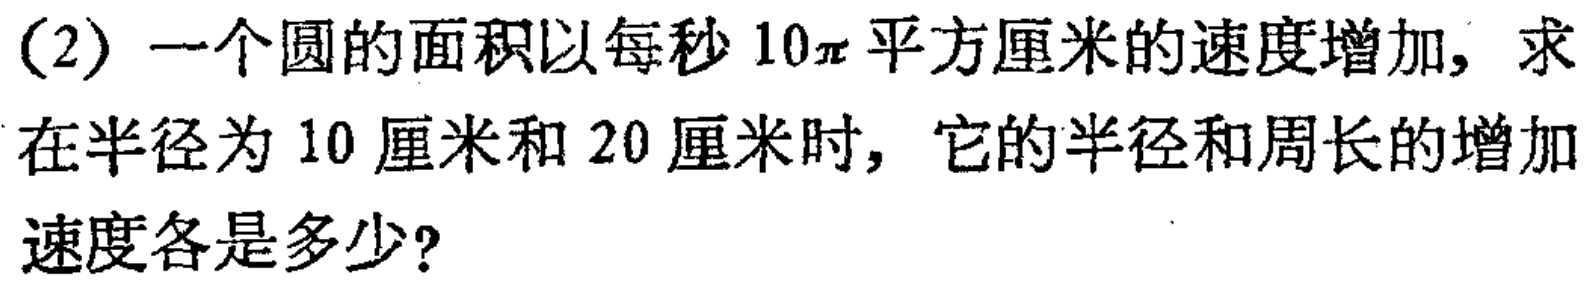
（2）一个圆的面积以每秒\(10\pi\)平方厘米的速度增加，求在半径为\(10\)厘米和\(20\)厘米时，它的半径和周长的增加速度各是多少？